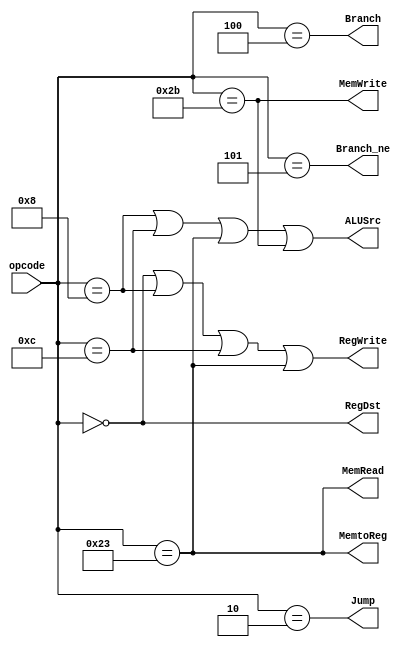
module ControlUnit(opcode,RegDst,Jump,Branch,Branch_ne,MemRead,MemWrite,MemtoReg,ALUSrc,RegWrite);
    input [5:0]opcode;
    output RegDst,Jump,Branch,Branch_ne,MemRead,MemWrite,MemtoReg,ALUSrc,RegWrite;
    
    assign RegDst=(opcode==6'h00);
    assign Jump=(opcode==6'h02);
    assign Branch=(opcode==6'h04);
    assign Branch_ne=(opcode==6'h05);
    assign MemRead=(opcode==6'h23);
    assign MemWrite=(opcode==6'h2b);
    assign MemtoReg=(opcode==6'h23);
    assign ALUSrc=(opcode==6'h08||opcode==6'h0c||opcode==6'h23||opcode==6'h2b);
    assign RegWrite=(opcode==6'h00||opcode==6'h08||opcode==6'h0c||opcode==6'h23);
endmodule